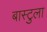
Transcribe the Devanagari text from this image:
बास्टुला